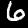
Label: 6